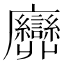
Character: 𢌕